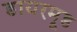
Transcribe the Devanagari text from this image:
डायरमूड